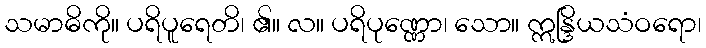
သမာဓိကို။ ပရိပူရေတိ၊ ၏။ လ။ ပရိပုဏ္ဏော၊ သော။ ဣန္ဒြိယသံဝရော၊